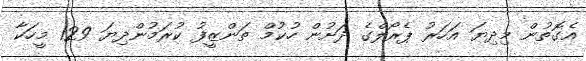
އެގޮތުން މިދިޔަ އަހަރު ޕެރޯލްގެ ދަށުން ހުކުމް ތަންޒީފު ކުރަމުންދިޔަ 129 މީހަކާ